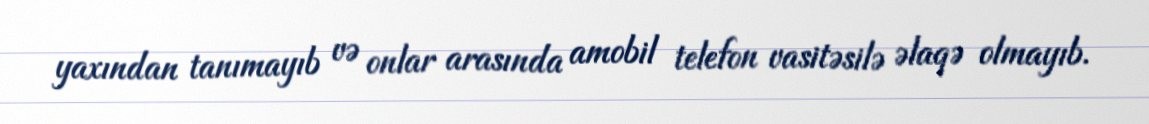
yaxından tanımayıb və onlar arasında amobil telefon vasitəsilə əlaqə olmayıb.